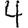
Digit: 4